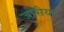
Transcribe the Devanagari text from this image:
जोसैया